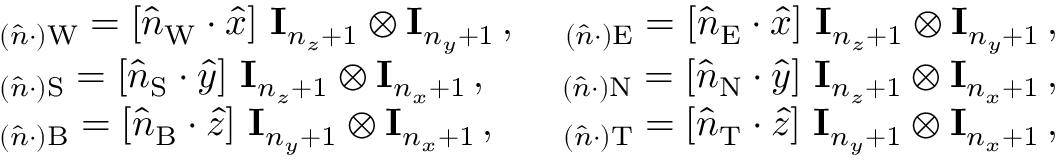
\begin{array} { r l r } & { \mathbf \Lambda _ { ( \hat { n } \cdot ) \mathrm { W } } = [ \hat { n } _ { \mathrm { W } } \cdot \hat { x } ] \ \mathbf I _ { n _ { z } + 1 } \otimes \mathbf I _ { n _ { y } + 1 } \, , } & { \mathbf \Lambda _ { ( \hat { n } \cdot ) \mathrm { E } } = [ \hat { n } _ { \mathrm { E } } \cdot \hat { x } ] \ \mathbf I _ { n _ { z } + 1 } \otimes \mathbf I _ { n _ { y } + 1 } \, , } \\ & { \mathbf \Lambda _ { ( \hat { n } \cdot ) \mathrm { S } } = [ \hat { n } _ { \mathrm { S } } \cdot \hat { y } ] \ \mathbf I _ { n _ { z } + 1 } \otimes \mathbf I _ { n _ { x } + 1 } \, , } & { \mathbf \Lambda _ { ( \hat { n } \cdot ) \mathrm { N } } = [ \hat { n } _ { \mathrm { N } } \cdot \hat { y } ] \ \mathbf I _ { n _ { z } + 1 } \otimes \mathbf I _ { n _ { x } + 1 } \, , } \\ & { \mathbf \Lambda _ { ( \hat { n } \cdot ) \mathrm { B } } = [ \hat { n } _ { \mathrm { B } } \cdot \hat { z } ] \ \mathbf I _ { n _ { y } + 1 } \otimes \mathbf I _ { n _ { x } + 1 } \, , } & { \mathbf \Lambda _ { ( \hat { n } \cdot ) \mathrm { T } } = [ \hat { n } _ { \mathrm { T } } \cdot \hat { z } ] \ \mathbf I _ { n _ { y } + 1 } \otimes \mathbf I _ { n _ { x } + 1 } \, , } \end{array}